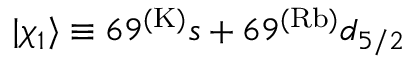
| \chi _ { 1 } \rangle \equiv 6 9 ^ { ( \mathrm { K ) } } s + 6 9 ^ { ( \mathrm { R b ) } } d _ { 5 / 2 }